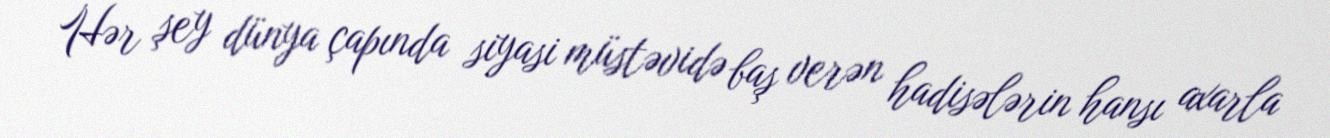
Hər şey dünya çapında siyasi müstəvidə baş verən hadisələrin hansı axarla